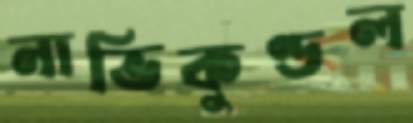
নাভিকুণ্ডল